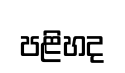
පළිහද